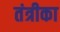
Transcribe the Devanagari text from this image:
तंत्रीका